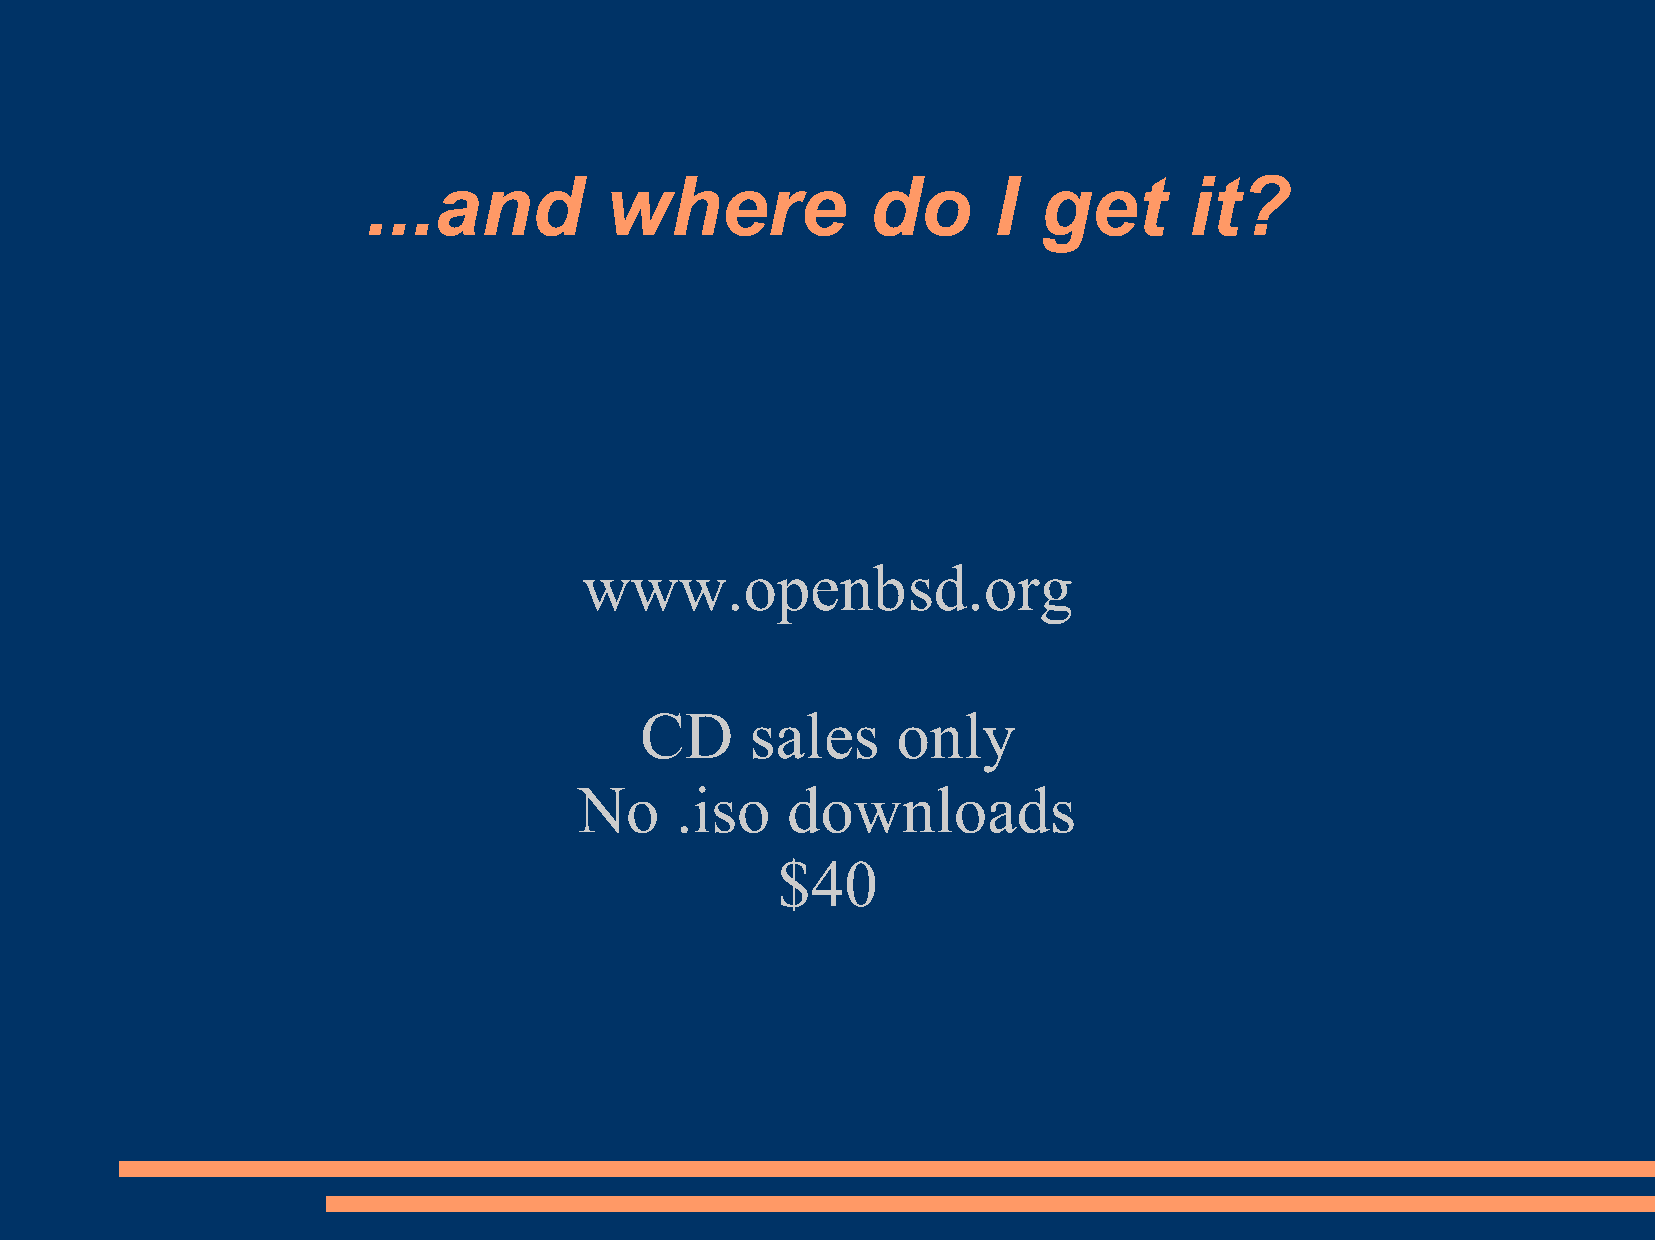
...and          where             do      I  get       it?
 www.openbsd.org
 CD      sales    only
 No     .iso   downloads
 $40